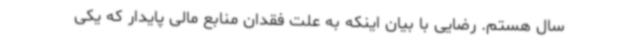
سال هستم. رضایی با بیان اینکه به علت فقدان منابع مالی پایدار که یکی